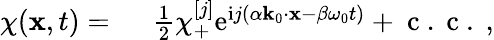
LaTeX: \begin{array}{rl}{\chi(\mathbf{x},t)=~}&{{}\frac{1}{2}\chi_{+}^{[j]}\mathrm{e}^{\mathrm{i}j(\alpha\mathbf{k}_{0}\cdot\mathbf{x}-\beta\omega_{0}t)}+\mathrm{~c~.~c~.~},}\end{array}